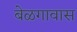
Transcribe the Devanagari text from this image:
बेळगावास